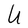
Character: U